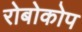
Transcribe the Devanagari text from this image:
रोबोकोप